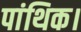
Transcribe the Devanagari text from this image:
पांथिक।